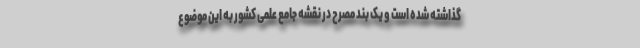
گذاشته شده است و یک بند مصرح در نقشه جامع علمی کشور به این موضوع